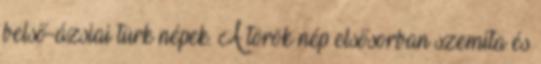
belső-ázsiai türk népek. A török nép elsősorban szemita és